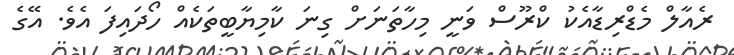
ރެއާލް މެޑްރިޑާއެކު ކްރޫސް ވަނީ މިހާތަނަށް ގިނަ ކާމިޔާބީތަކެއް ހޯދައިފަ އެވެ. އޭގެ